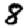
Digit: 8